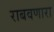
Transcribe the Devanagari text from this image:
राबवणारा